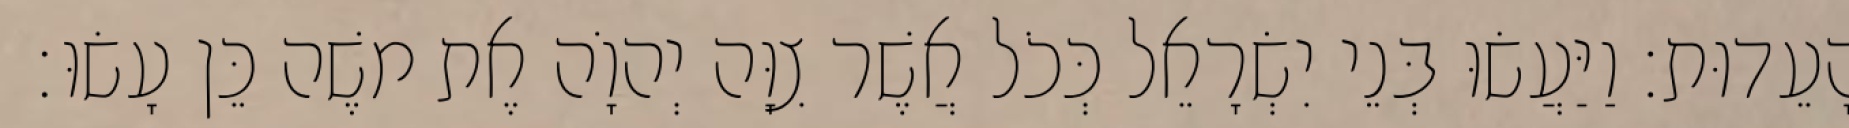
הָעֵדוּת׃ וַיַּעֲשׂוּ בְּנֵי יִשְׂרָאֵל כְּכֹל אֲשֶׁר צִוָּה יְהוָֹה אֶת משֶׁה כֵּן עָשׂוּ׃